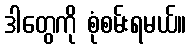
ဒါတွေကို စုံစမ်းရမယ်။